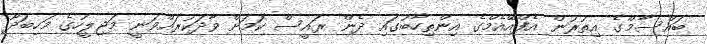
ބައްސާމްގެ އިތުރުން އެފްއޭއެމްގެ އިންތިހާބުގައި ދެން ރައީސް ކަމަށް ވާދަކުރައްވަނީ މަޖިލީހުގެ މަހިބަދޫ